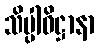
သိပ္ပါဓိဋ္ဌာနာ